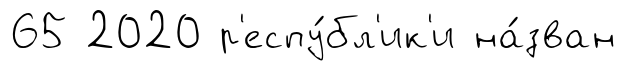
65 2020 р'еспу́бл'ик'и на́зван